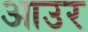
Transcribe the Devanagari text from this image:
आउर